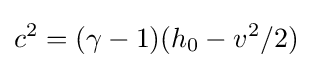
c^{2}=(\gamma -1)(h_{0}-v^{2}/2)